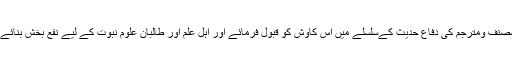
اللہ تعالیٰ مصنف ومترجم کی دفاع حدیث کےسلسلے میں اس کاوش کو قبول فرمائے اور اہل علم اور طالبان ِعلوم نبوت کے لیے نفع بخش بنائے (آمین) (م۔